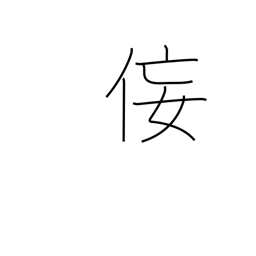
Meaning: insincerity